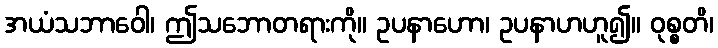
အယံသဘာဝေါ၊ ဤသဘောတရားကို။ ဥပနာဟော၊ ဥပနာဟဟူ၍။ ဝုစ္စတိ၊